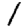
Digit: 1